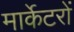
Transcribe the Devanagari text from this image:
मार्केटरों